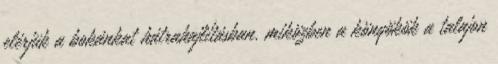
elérjük a bokánkat hátrahajlításban, miközben a könyökök a talajon